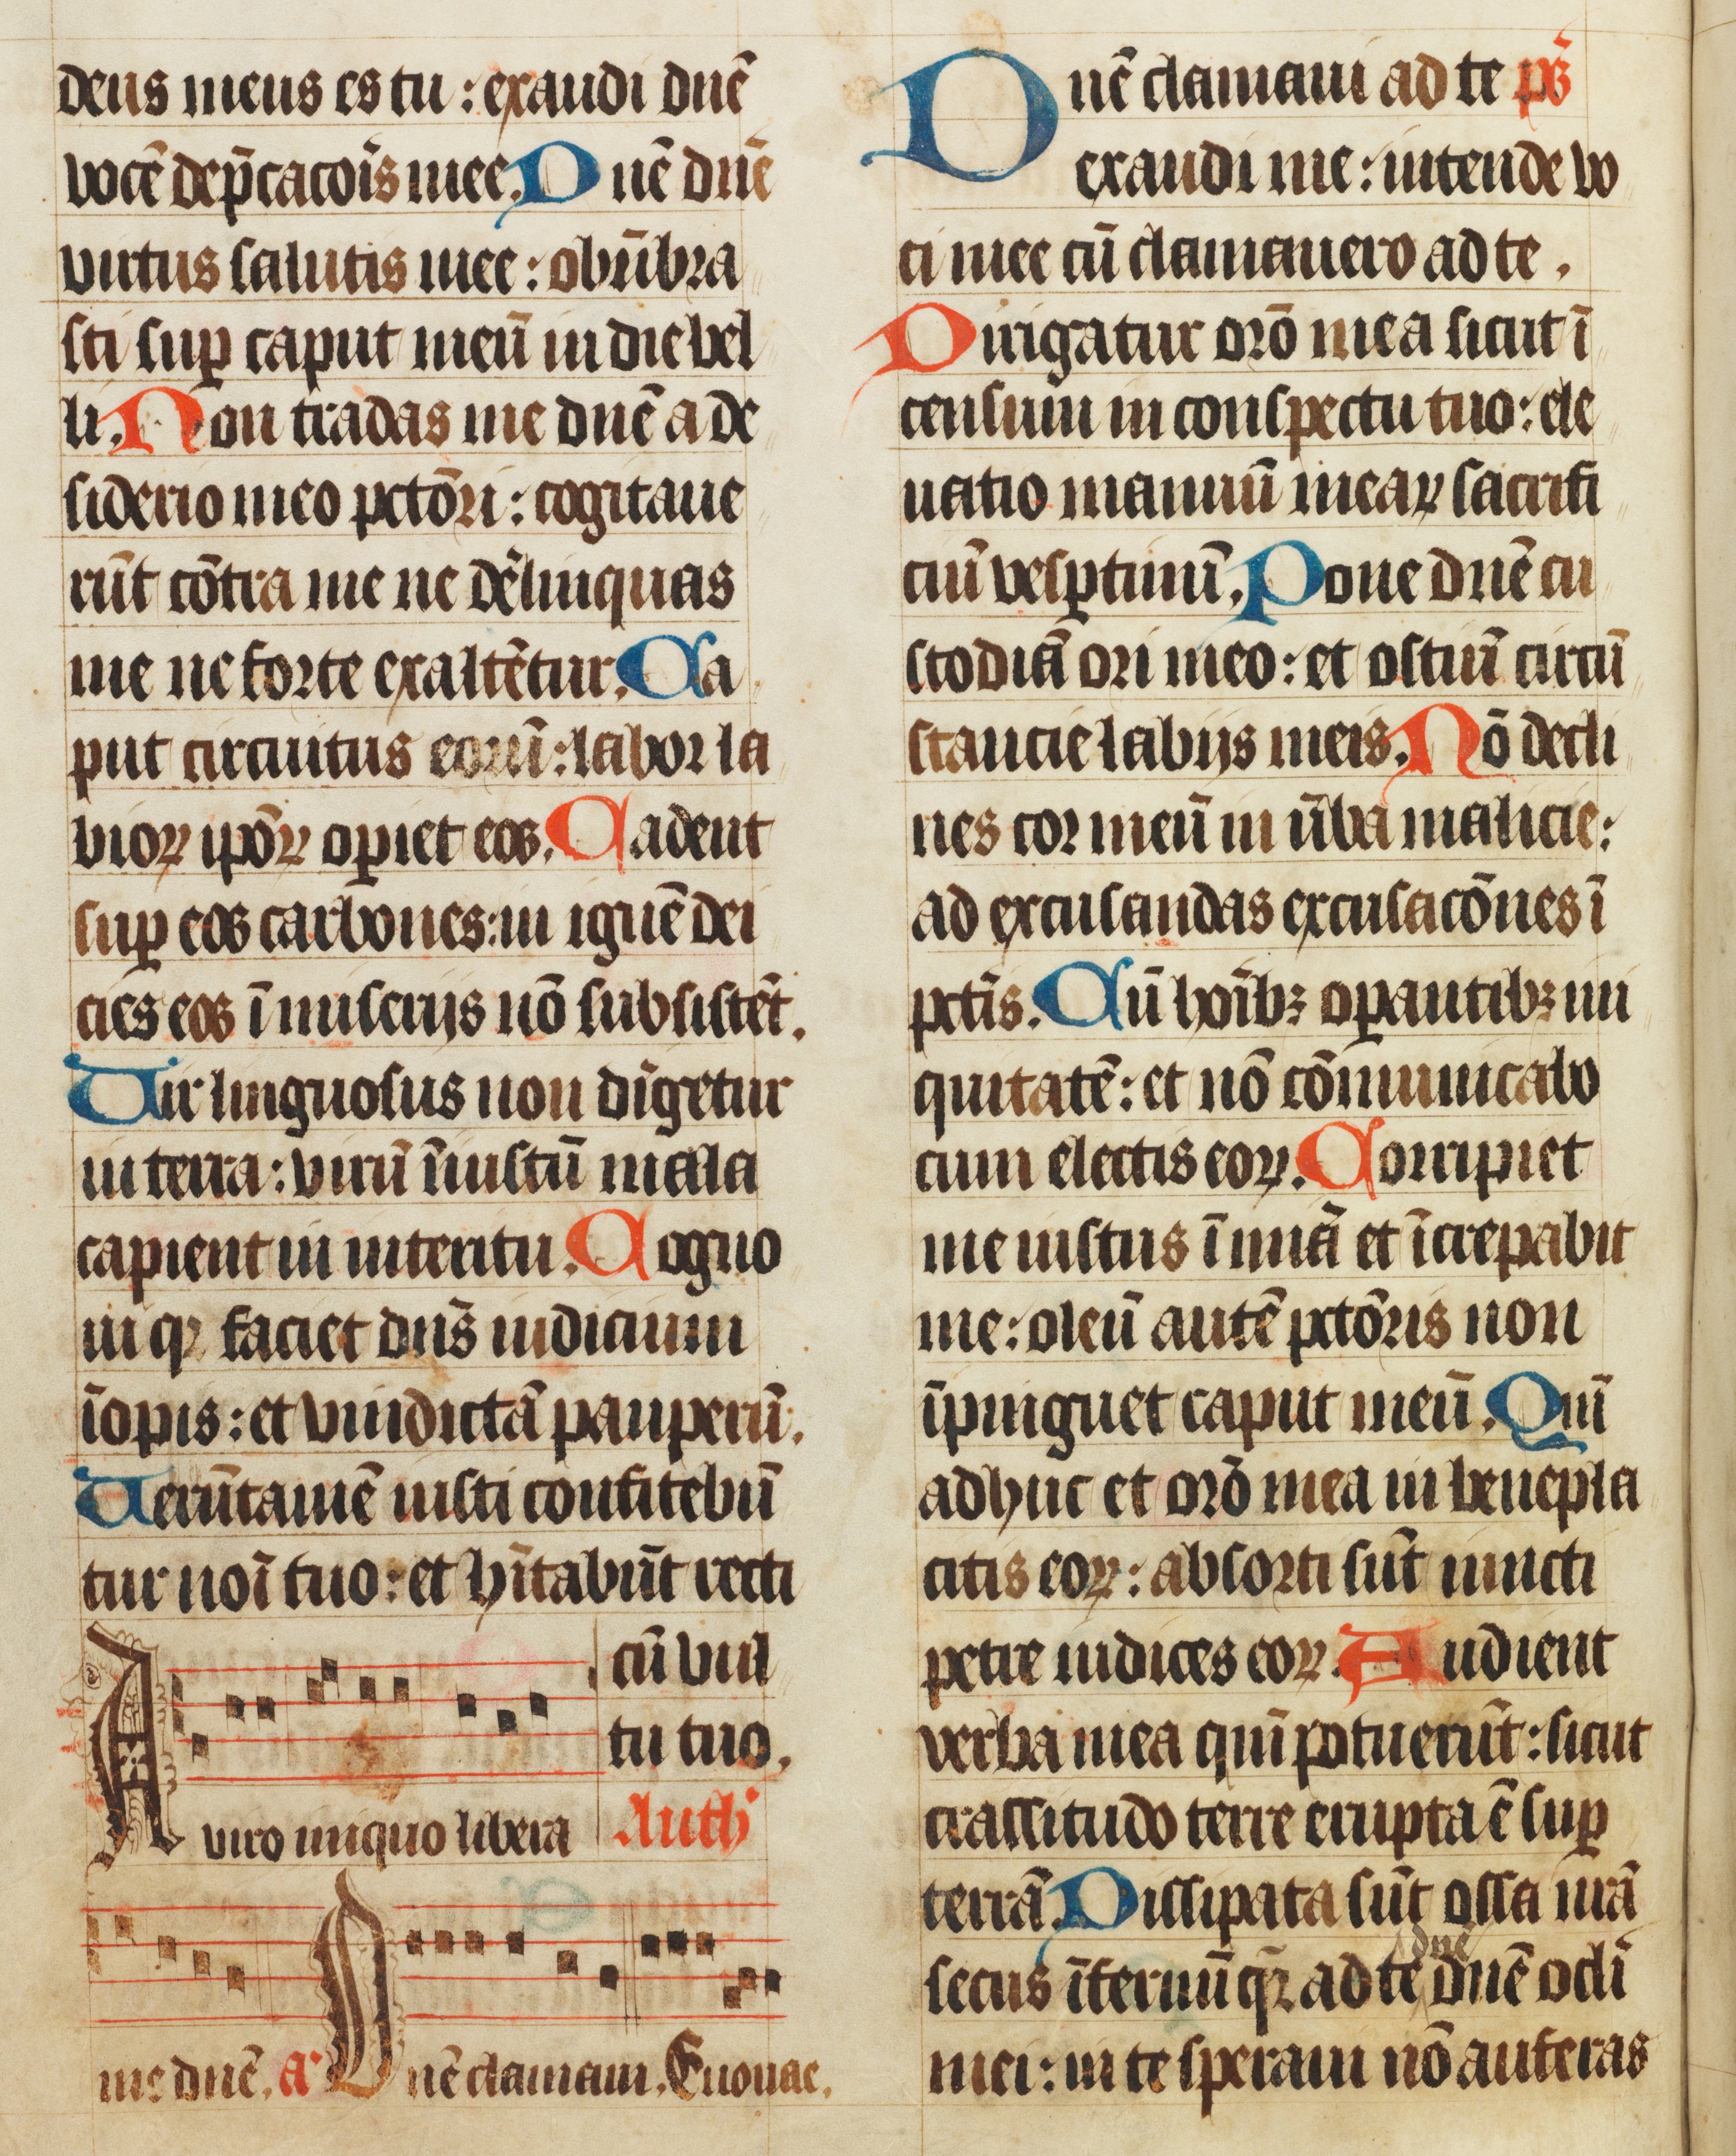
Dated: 1450–1499